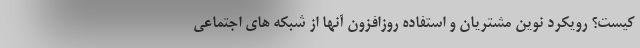
کیست؟ رویکرد نوین مشتریان و استفاده روزافزون آنها از شبکه های اجتماعی